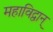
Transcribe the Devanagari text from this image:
महाविद्वान्